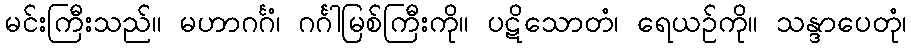
မင်းကြီးသည်။ မဟာဂင်္ဂံ၊ ဂင်္ဂါမြစ်ကြီးကို။ ပဋိသောတံ၊ ရေယဉ်ကို။ သန္ဒာပေတုံ၊